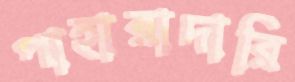
পাহারাদারি